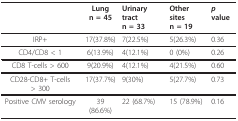
<table><thead><tr><td></td><td><b>Lungn = 45</b></td><td><b>Urinary tractn = 33</b></td><td><b>Other sitesn = 19</b></td><td><b><i>p </i>value</b></td></tr></thead><tbody><tr><td>IRP+</td><td>17(37.8%)</td><td>7(22.5%)</td><td>5(26.3%)</td><td>0.36</td></tr><tr><td>CD4/CD8 &lt; 1</td><td>6(13.9%)</td><td>4(12.1%)</td><td>0 (0%)</td><td>0.26</td></tr><tr><td>CD8 T-cells &gt; 600</td><td>9(20.9%)</td><td>4(12.1%)</td><td>4(21.5%)</td><td>0.60</td></tr><tr><td>CD28-CD8+ T-cells &gt; 300</td><td>17(37.7%)</td><td>9(30%)</td><td>5(27.7%)</td><td>0.73</td></tr><tr><td>Positive CMV serology</td><td>39 (86.6%)</td><td>22 (68.7%)</td><td>15 (78.9%)</td><td>0.16</td></tr></tbody></table>